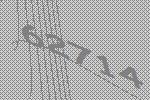
62714